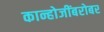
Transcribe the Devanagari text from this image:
कान्होजींबरोबर